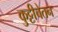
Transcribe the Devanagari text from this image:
कुट्टीचेतन